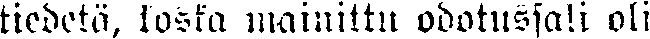
tiedetä, koska mainittu odotussali oli